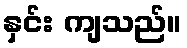
နှင်း ကျသည်။